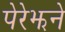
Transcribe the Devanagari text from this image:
पेरेझने